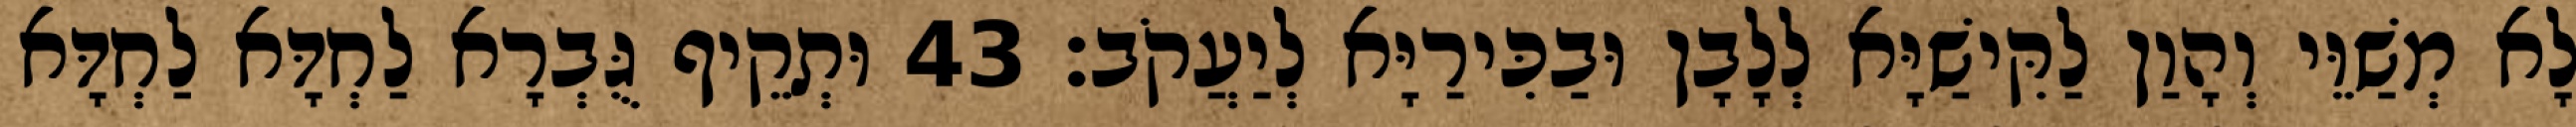
לָא מְשַׁוֵּי וְהָוַן לַקִּישַׁיָּא לְלָבָן וּבַכִּירַיָּא לְיַעֲקֹב׃ 43 וּתְקֵיף גֻּבְרָא לַחְדָּא לַחְדָּא